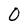
Character: 0